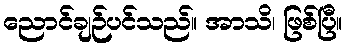
ညောင်ချဉ်ပင်သည်။ အာသိ၊ ဖြစ်ပြီ။